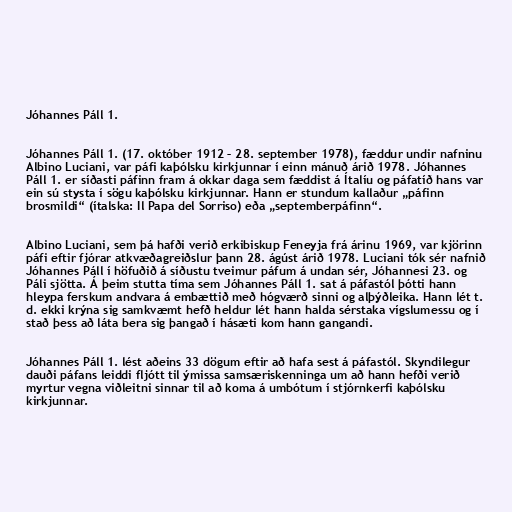
Jóhannes Páll 1.

Jóhannes Páll 1. (17. október 1912 – 28. september 1978), fæddur undir nafninu
Albino Luciani, var páfi kaþólsku kirkjunnar í einn mánuð árið 1978. Jóhannes
Páll 1. er síðasti páfinn fram á okkar daga sem fæddist á Ítalíu og páfatíð hans var
ein sú stysta í sögu kaþólsku kirkjunnar. Hann er stundum kallaður „páfinn
brosmildi“ (ítalska: Il Papa del Sorriso) eða „septemberpáfinn“.

Albino Luciani, sem þá hafði verið erkibiskup Feneyja frá árinu 1969, var kjörinn
páfi eftir fjórar atkvæðagreiðslur þann 28. ágúst árið 1978. Luciani tók sér nafnið
Jóhannes Páll í höfuðið á síðustu tveimur páfum á undan sér, Jóhannesi 23. og
Páli sjötta. Á þeim stutta tíma sem Jóhannes Páll 1. sat á páfastól þótti hann
hleypa ferskum andvara á embættið með hógværð sinni og alþýðleika. Hann lét t.
d. ekki krýna sig samkvæmt hefð heldur lét hann halda sérstaka vígslumessu og í
stað þess að láta bera sig þangað í hásæti kom hann gangandi.

Jóhannes Páll 1. lést aðeins 33 dögum eftir að hafa sest á páfastól. Skyndilegur
dauði páfans leiddi fljótt til ýmissa samsæriskenninga um að hann hefði verið
myrtur vegna viðleitni sinnar til að koma á umbótum í stjórnkerfi kaþólsku
kirkjunnar.